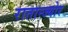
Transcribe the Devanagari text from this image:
रातान्ज्योर